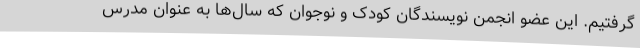
گرفتیم. این عضو انجمن نویسندگان کودک و نوجوان که سال‌ها به عنوان مدرس